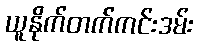
ယူနိုက်တက်ကင်းဒမ်း